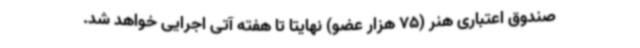
صندوق اعتباری هنر (75 هزار عضو) نهایتاً تا هفته آتی اجرایی خواهد شد.